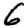
Digit: 6